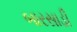
બારસાડી